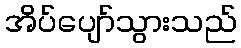
အိပ်ပျော်သွားသည်